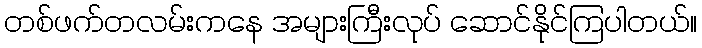
တစ်ဖက်တလမ်းကနေ အများကြီးလုပ် ဆောင်နိုင်ကြပါတယ်။